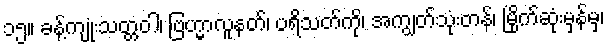
၁၅။ ခန့်ကျုံးသတ္တဝါ၊ ဗြဟ္မာလူနတ်၊ ပရိသတ်ကို၊ အကျွတ်သုံးတန်၊ မြိုက်ဆုံးမှန်မှ၊